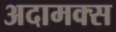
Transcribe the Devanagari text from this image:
अदामक्स